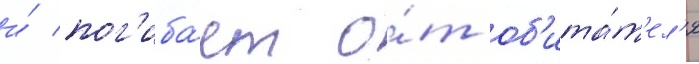
и́ пог'иба́ет о́т об'ита́т'ел'я